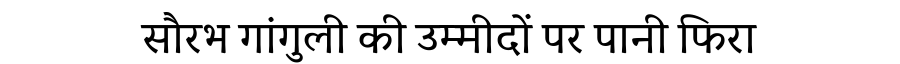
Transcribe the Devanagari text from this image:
सौरभ गांगुली की उम्मीदों पर पानी फिरा